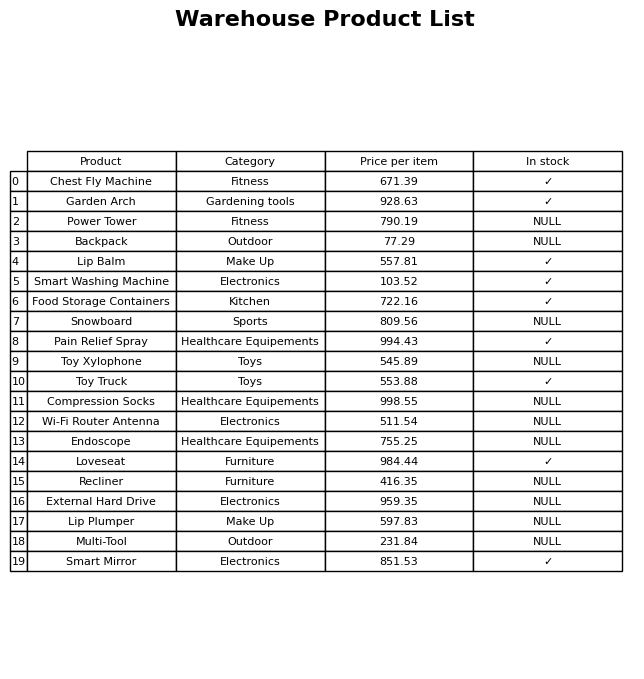
question: What is the stock status of the Smart Washing Machine?
answer: ✓